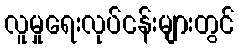
လူမှုရေးလုပ်ငန်းများတွင်